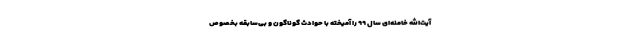
آیت‌الله خامنه‌ای سال ۹۹ را آمیخته با حوادث گوناگون و بی‌سابقه بخصوص